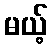
မယ့်